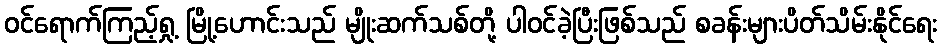
ဝင်ရောက်ကြည့်ရှု့ မြို့ဟောင်းသည် မျိုးဆက်သစ်တို့ ပါဝင်ခဲ့ပြီးဖြစ်သည် စခန်းများပိတ်သိမ်းနိုင်ရေး